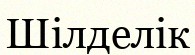
Шілделік